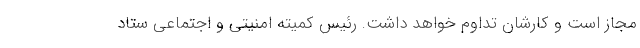
مجاز است و کارشان تداوم خواهد داشت. رئیس کمیته امنیتی و اجتماعی ستاد